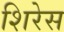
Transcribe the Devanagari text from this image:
शिरेस